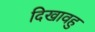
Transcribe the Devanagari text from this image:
दिखावहु